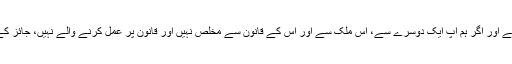
ہم سمجھتے نہیں کہ مردہ کتے کو نہ نکالا جائے تو ہزاروں ڈول پانی نکالنا بھی بیکار جاتا ہے اور اگر ہم آپ ایک دوسرے سے، اس ملک سے اور اس کے قانون سے مخلص نہیں اور قانون پر عمل کرنے والے نہیں، جائز کے خواہش مند نہیں تو پھر ہزاروں ریفارمز بھی ہمارا اور پولیس کا کچھ نہیں بگاڑ سکیں گے۔